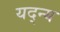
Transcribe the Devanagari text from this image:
यद्न्य